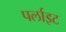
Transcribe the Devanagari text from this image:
पर्लाइट